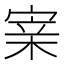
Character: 𡩁